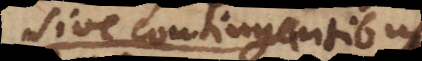
sive contingentibus